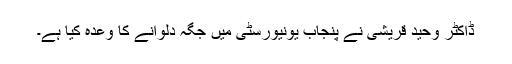
ڈاکٹر وحید قریشی نے پنجاب یونیورسٹی میں جگہ دلوانے کا وعدہ کیا ہے۔